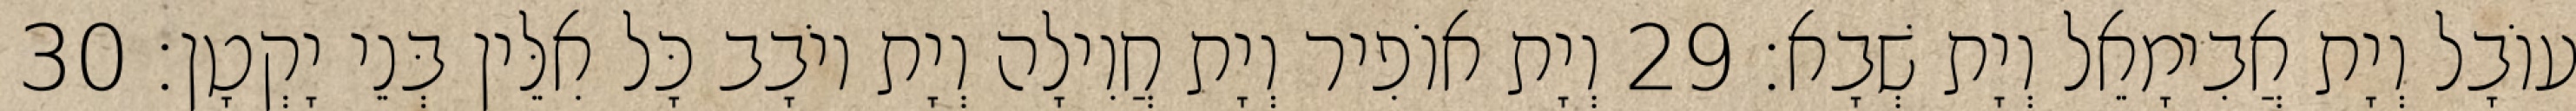
עוֹבָל וְיָת אֲבִימָאֵל וְיָת שְׁבָא׃ 29 וְיָת אוֹפִיר וְיָת חֲוִילָה וְיָת יוֹבָב כָּל אִלֵּין בְּנֵי יָקְטָן׃ 30